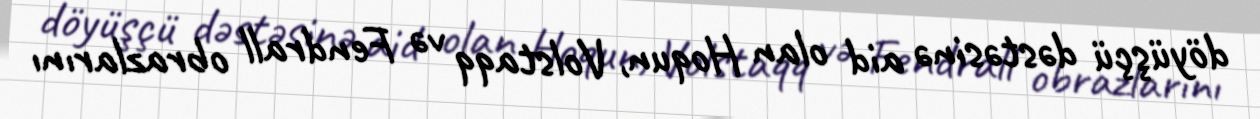
döyüşçü dəstəsinə aid olan Hoqun, Volstaqq və Fendrall obrazlarını